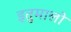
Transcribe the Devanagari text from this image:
इतुमालो